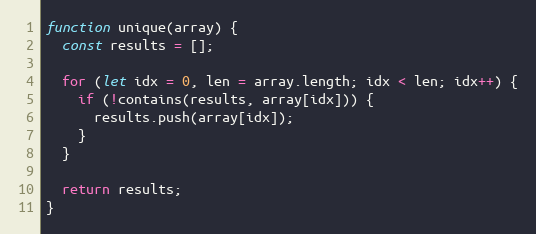
Language: JavaScript
function unique(array) {
  const results = [];

  for (let idx = 0, len = array.length; idx < len; idx++) {
    if (!contains(results, array[idx])) {
      results.push(array[idx]);
    }
  }

  return results;
}